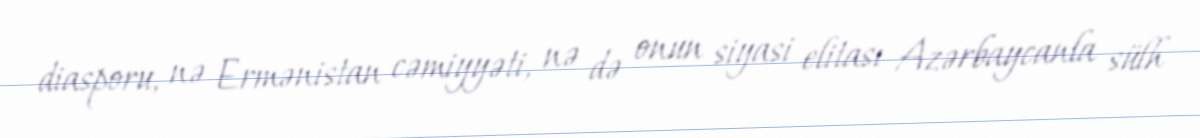
diasporu, nə Ermənistan cəmiyyəti, nə də onun siyasi elitası Azərbaycanla sülh